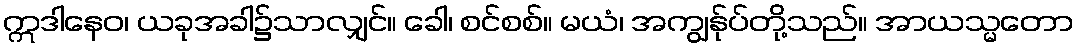
ဣဒါနေဝ၊ ယခုအခါ၌သာလျှင်။ ခေါ၊ စင်စစ်။ မယံ၊ အကျွန်ုပ်တို့သည်။ အာယသ္မတော